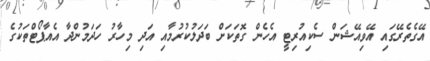
އޭގެތެރޭގައި އޭވިއޭޝަން ސެކިއުރިޓީ އެހެން ގޮތަކަށް ބަދަލުކުރުމާއި އަދި މިހާރު ހަދަމުންދާ އެއާޕޯޓްތަކުގެ